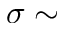
\sigma \sim